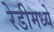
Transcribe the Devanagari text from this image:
रेडीमध्ये